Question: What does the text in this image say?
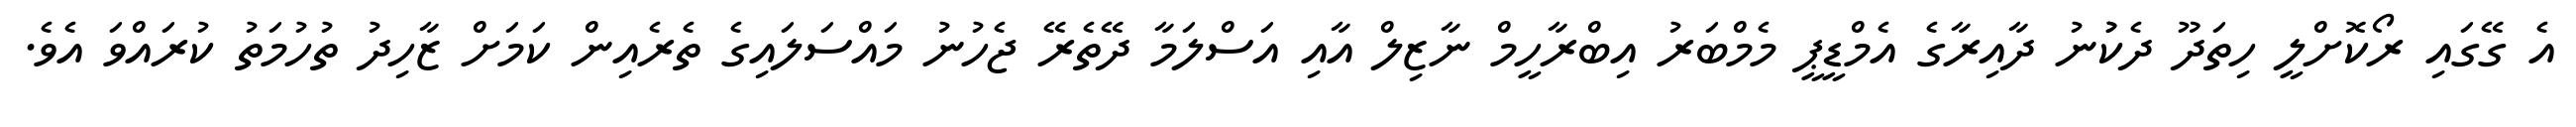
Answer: އެ ގޭގައި ރޯކޮށްލީ ހިތަދޫ ދެކުުނު ދާއިރާގެ އެމްޑީޕީ މެމްބަރު އިބްރާހީމް ނާޒިލް އާއި އަސްލަމާ ދޭތެރޭ ޖެހުނު މައްސަލައިގެ ތެރެއިން ކަމަށް ޒާހިދު ތުހުމަތު ކުރައްވަ އެވެ.